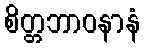
စိတ္တဘာဝနာနံ